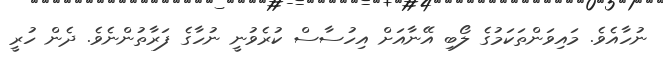
ނުހާއެވެ. މައިވަންތަކަމުގެ ލޯބި އޭނާއަށް އިހުސާސް ކުރެވުނީ ނުހާގެ ފަރާތުންނެވެ. ދެން ހުރީ